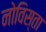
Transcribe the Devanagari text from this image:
नोविस्ता